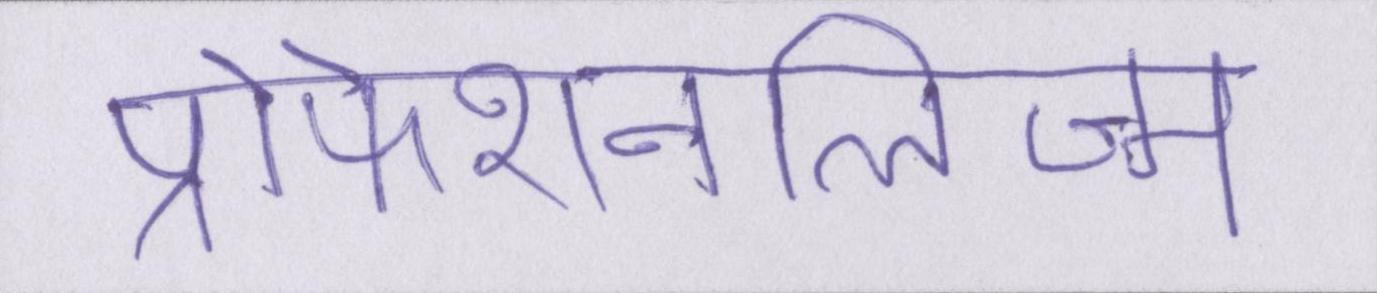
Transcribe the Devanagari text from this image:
प्रोफेशनलिज्म